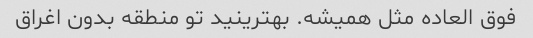
فوق العاده مثل همیشه‌. بهترینید تو منطقه بدون اغراق